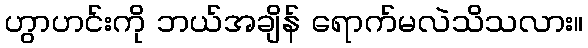
ဟွာဟင်းကို ဘယ်အချိန် ရောက်မလဲသိသလား။